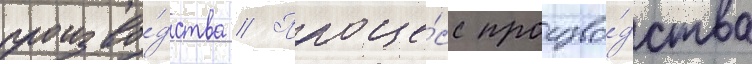
произво́дства // Проце́сс произво́дства